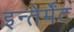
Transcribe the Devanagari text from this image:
इन्तेर्मेंट